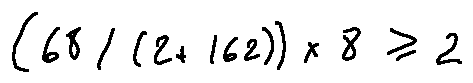
( 6 8 / ( 2 + 1 6 2 ) ) \times 8 \geq 2